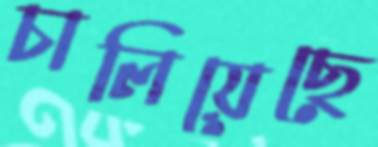
চালিয়েছে